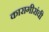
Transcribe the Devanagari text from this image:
कारागीरांची